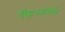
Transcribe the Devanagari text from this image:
फिआस्को